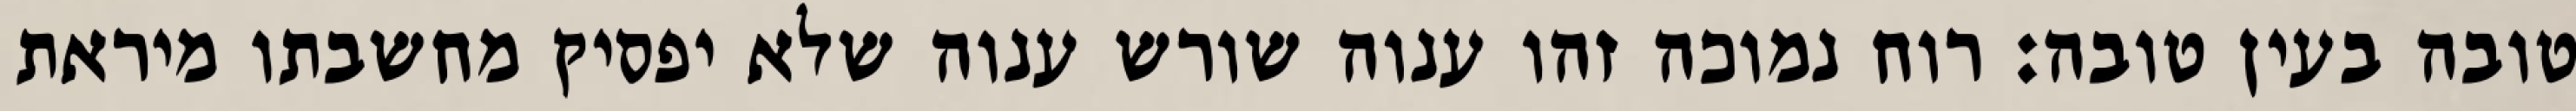
טובה בעין טובה: רוח נמוכה זהו ענוה שורש ענוה שלא יפסיק מחשבתו מיראת